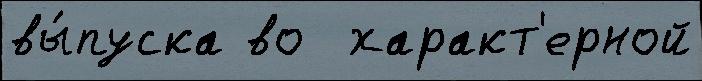
вы́пуска во  характ'ерной